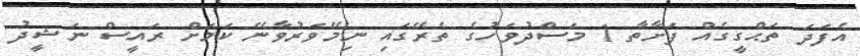
އެފަދަ ތަޙްގީގެއް ފަށާތާ 1 މަސްދުވަހުގެ ތެރޭގައި ނިމޭވަރުވާނޭ ކަމަށް ރައީސް ނަޝީދު